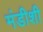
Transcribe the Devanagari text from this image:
मंडीशी